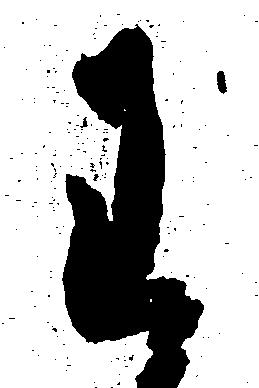
わ